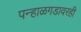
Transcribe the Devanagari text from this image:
पन्हाळगडावरही